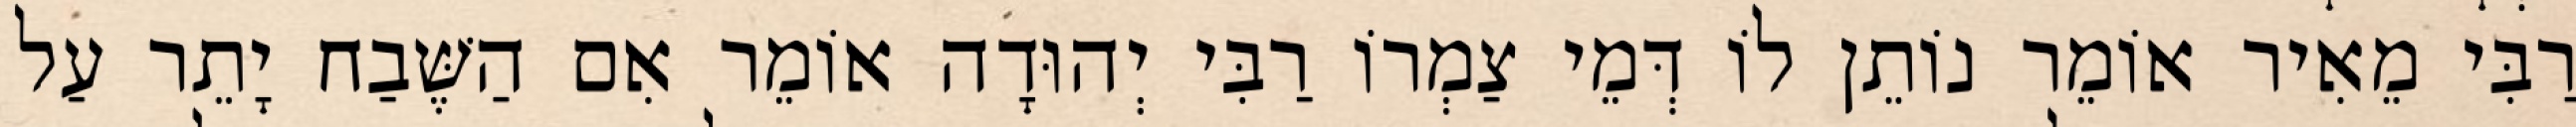
רַבִּי מֵאִיר אוֹמֵר נוֹתֵן לוֹ דְּמֵי צַמְרוֹ רַבִּי יְהוּדָה אוֹמֵר אִם הַשֶּׁבַח יָתֵר עַל